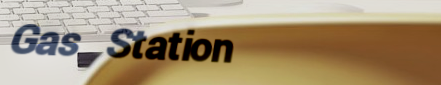
Gas Station